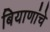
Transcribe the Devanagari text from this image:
बियाणांचे